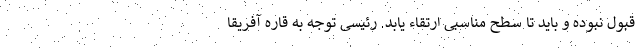
قبول نبوده و باید تا سطح مناسبی ارتقاء یابد. رئیسی توجه به قاره آفریقا